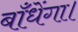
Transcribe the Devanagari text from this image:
बाँधेंगा।